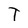
Character: T